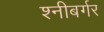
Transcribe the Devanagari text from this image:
श्नीबर्गर